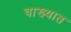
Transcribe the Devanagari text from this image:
वाख्यात